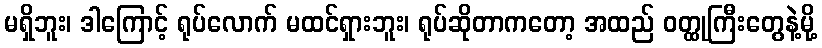
မရှိဘူး၊ ဒါကြောင့် ရုပ်လောက် မထင်ရှားဘူး၊ ရုပ်ဆိုတာကတော့ အထည် ဝတ္ထုကြီးတွေနဲ့မို့